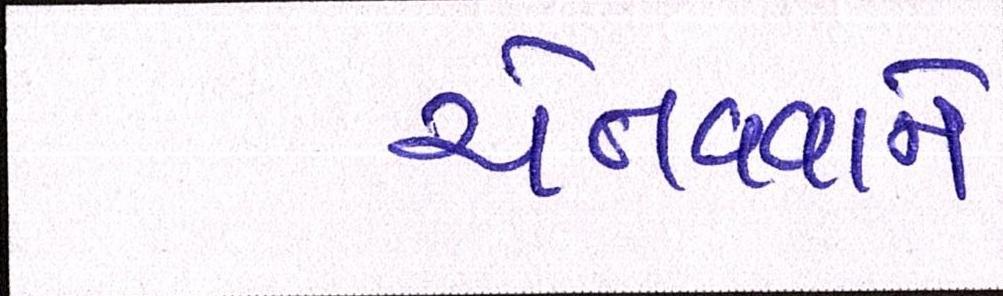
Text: ચેતવવાને